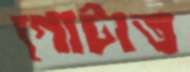
গোটাত